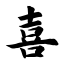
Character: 喜